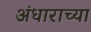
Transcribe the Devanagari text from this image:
अंधाराच्या